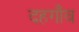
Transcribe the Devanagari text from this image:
दहगाँव